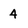
Character: 4